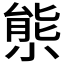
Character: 𡮙